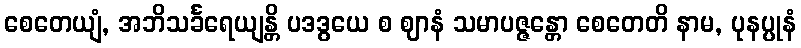
စေတေယျံ, အဘိသင်္ခရေယျန္တိ ပဒဒွယေ စ ဈာနံ သမာပဇ္ဇန္တော စေတေတိ နာမ, ပုနပ္ပုနံ